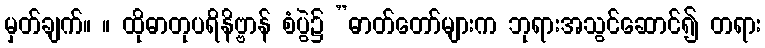
မှတ်ချက်။ ။ ထိုဓာတုပရိနိဗ္ဗာန် စံပွဲ၌ ”ဓာတ်တော်များက ဘုရားအသွင်ဆောင်၍ တရား